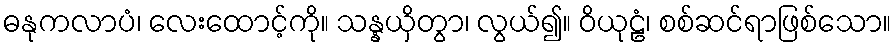
ဓနုကလာပံ၊ လေးထောင့်ကို။ သန္နယှိတွာ၊ လွယ်၍။ ဝိယုဠံ၊ စစ်ဆင်ရာဖြစ်သော။